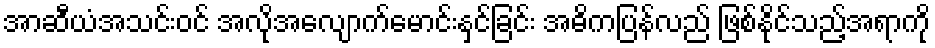
အာဆီယံအသင်းဝင် အလိုအလျောက်မောင်းနှင်ခြင်း အဓိကပြန်လည် ဖြစ်နိုင်သည့်အရာကို